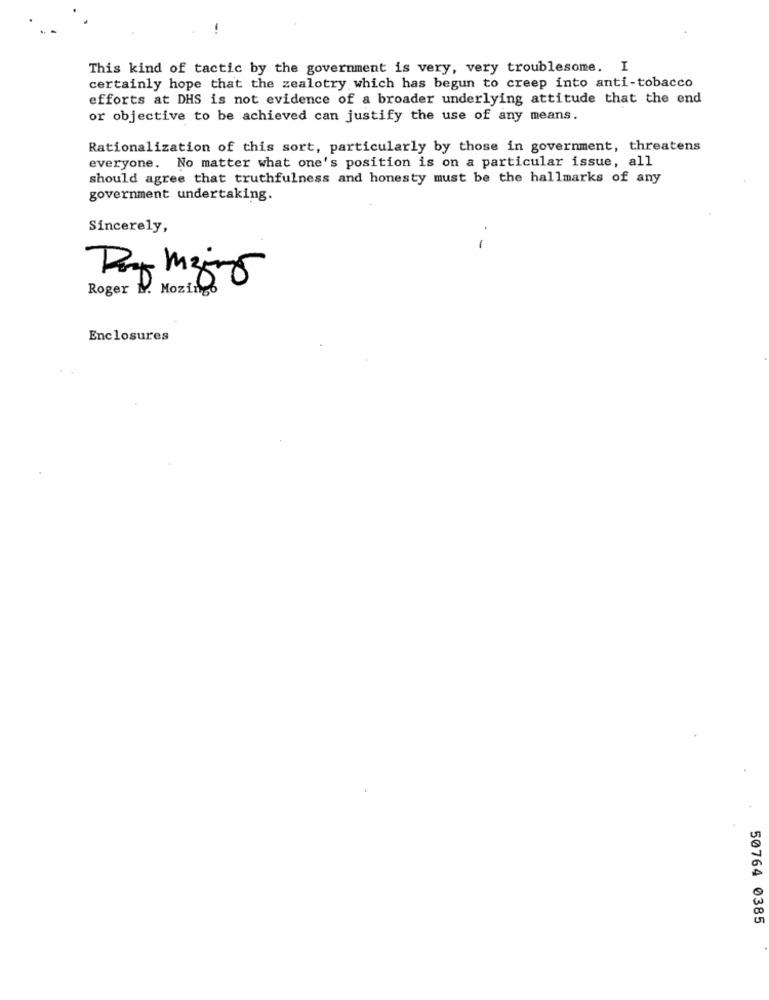
This kind of tactic by the government is very, very troublesome. I
certainly hope that the zealotry which has begun to creep into anti-tobacco
efforts at DHS is not evidence of a broader underlying attitude that the end
or objective to be achieved can justify the use of any means.
Rationalization of this sort, particularly by those in government, threatens
everyone. No matter what one's position is on a particular issue, all
should agree that truthfulness and honesty must be the hallmarks of any
government undertaking.
Sincerely,
-
Roger M. Mozingo
Enclosures
50764 0385